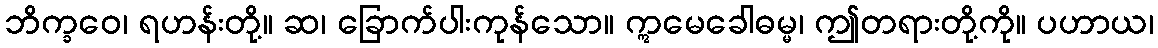
ဘိက္ခဝေ၊ ရဟန်းတို့။ ဆ၊ ခြောက်ပါးကုန်သော။ ဣမေခေါဓမ္မ၊ ဤတရားတို့ကို။ ပဟာယ၊